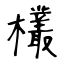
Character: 欉